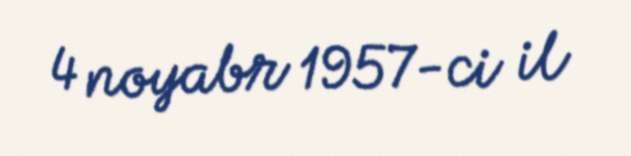
4 noyabr 1957-ci il